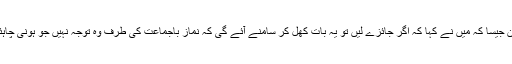
لیکن جیسا کہ میں نے کہا کہ اگر جائزے لیں تو یہ بات کھل کر سامنے آئے گی کہ نماز باجماعت کی طرف وہ توجہ نہیں جو ہونی چاہئے۔